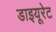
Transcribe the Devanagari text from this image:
डाइयूरेट